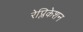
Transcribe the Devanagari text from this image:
रेप्लिकेशन